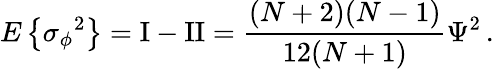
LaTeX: E\left\{ \sigma{_\phi}^{2}\right\} =\mathrm{I}-\mathrm{II}={\frac{(N+2)(N-1)}{12(N+1)}}\Psi^{2}\, .